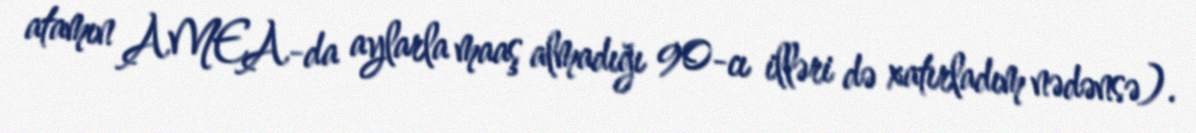
atamın AMEA-da aylarla maaş almadığı 90-cı illəri də xatırladım nədənsə).